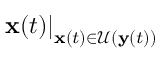
\left. \mathbf { x } ( t ) \right| _ { \mathbf { x } ( t ) \in \mathcal { U } ( \mathbf { y } ( t ) ) }